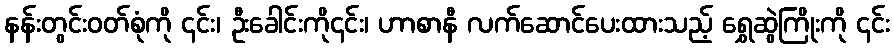
နန်းတွင်းဝတ်စုံကို ၎င်း၊ ဦးခေါင်းကို၎င်း၊ ဟာစာနီ လက်ဆောင်ပေးထားသည့် ရွှေဆွဲကြိုးကို ၎င်း